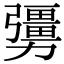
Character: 𠣃